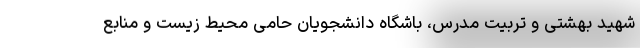
شهید بهشتی و تربیت مدرس، باشگاه دانشجویان حامی محیط زیست و منابع